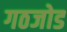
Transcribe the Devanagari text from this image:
गठजोड